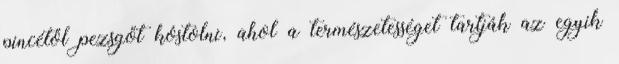
pincétől pezsgőt kóstolni, ahol a természetességet tartják az egyik